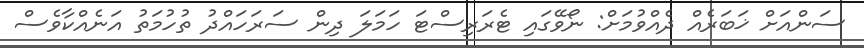
ސަންއަށް ޚަބަރެއް ދެއްވުމަށް: ނޯވޭގައި ޓެރަރިސްޓަ ހަމަލަ ދިން ސަރަހައްދު ތުހުމަތު އަނެއްކާވެސް